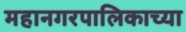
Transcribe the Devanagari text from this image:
महानगरपालिकाच्या